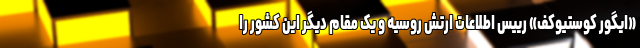
«ایگور کوستیوکف» رییس اطلاعات ارتش روسیه و یک مقام دیگر این کشور را